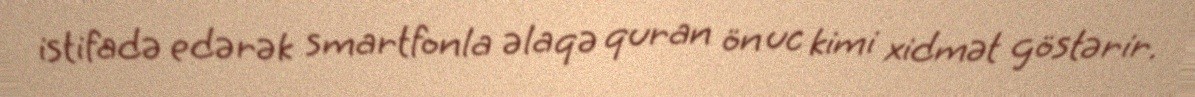
istifadə edərək smartfonla əlaqə quran ön uc kimi xidmət göstərir.